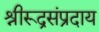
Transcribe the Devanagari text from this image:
श्रीरूद्रसंप्रदाय